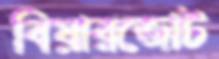
বিয়ারজোট